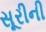
સૂરીની